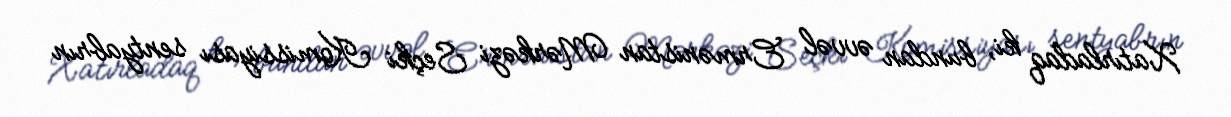
Xatırladaq ki, bundan əvvəl Ermənistan Mərkəzi Seçki Komissiyası sentyabrın